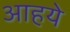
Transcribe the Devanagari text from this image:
आहये